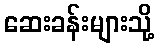
ဆေးခန်းများသို့